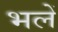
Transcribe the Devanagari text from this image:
भलें